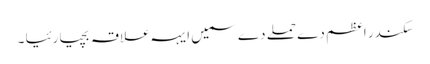
سکندر اعظم دے حملے دے سمیں ایہہ علاقہ بچیا رئیا ۔